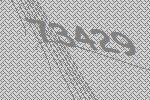
73429